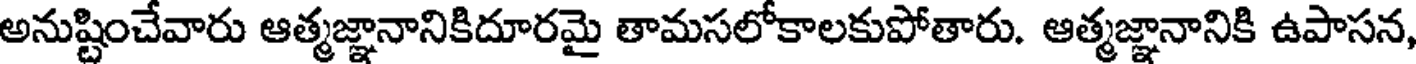
అనుష్టించేవారు ఆత్మజ్ఞానానికిదూరమై తామసలోకాలకుపోతారు. ఆత్మజ్ఞానానికి ఉపాసన,